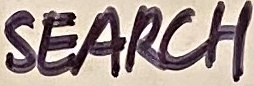
Text: SEARCH